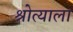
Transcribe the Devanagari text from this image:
श्रोत्याला